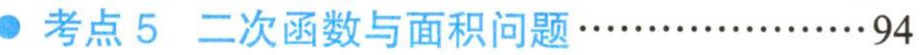
考点5 二次函数与面积问题\cdots\cdots\cdots\cdots\cdots\cdots94